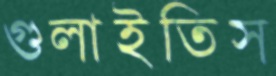
গুলাইতিস